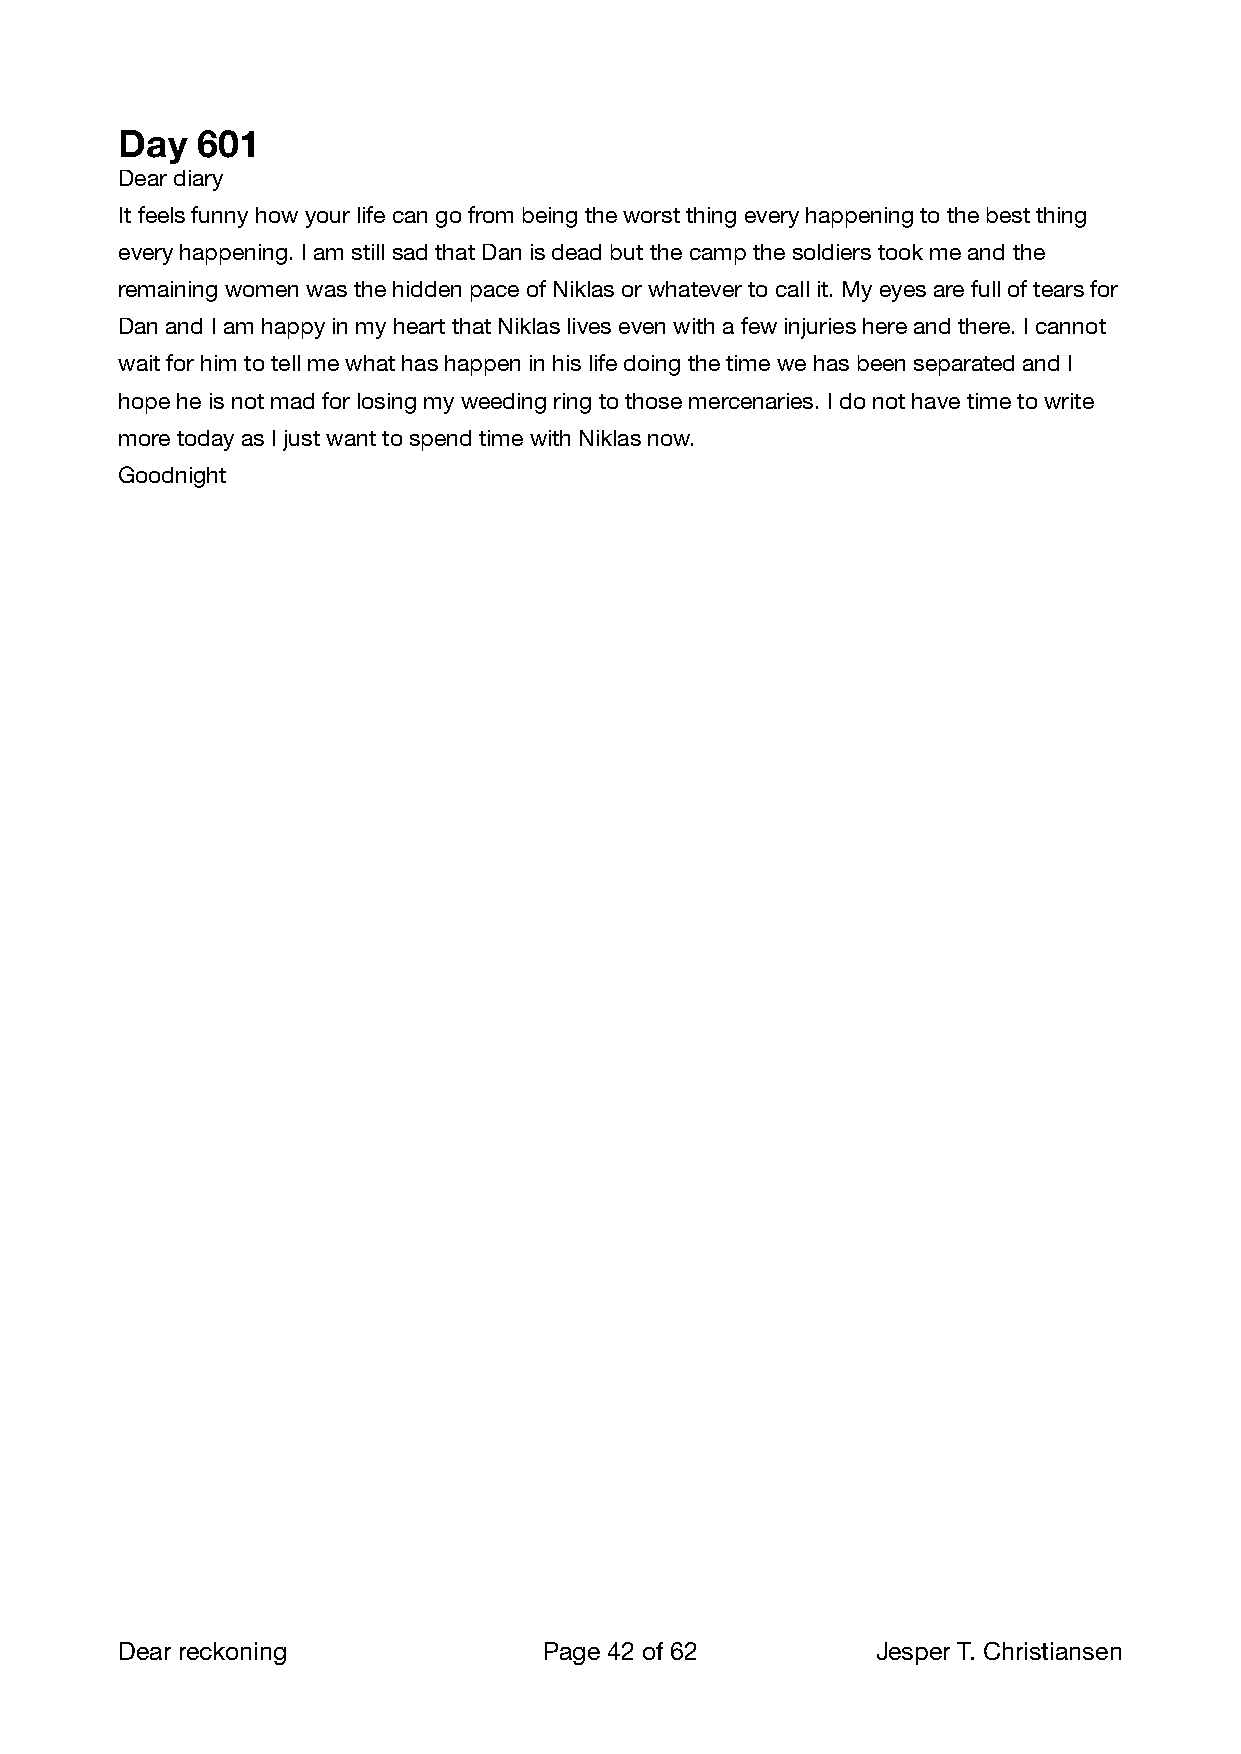
Day  601
 Dear diary
 It feels funny how your life can go from being the worst thing every happening to the best thing
 every happening. I am still sad that Dan is dead but the camp the soldiers took me and the
 remaining women was the hidden pace of Niklas or whatever to call it. My eyes are full of tears for
 Dan and I am happy in my heart that Niklas lives even with a few injuries here and there. I cannot
 wait for him to tell me what has happen in his life doing the time we has been separated and I
 hope he is not mad for losing my weeding ring to those mercenaries. I do not have time to write
 more today as I just want to spend time with Niklas now.
 Goodnight
 Dear reckoning              Page 42 of 62        Jesper T. Christiansen